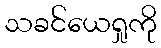
သခင်ယေရှုကို